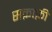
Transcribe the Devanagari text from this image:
सक़ाफ़ी